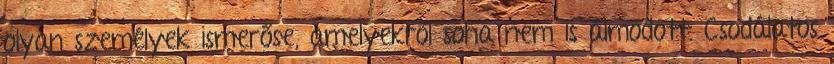
olyan személyek ismerőse, amelyekről soha nem is álmodott. Csodálatos